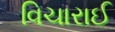
વિચારાઈ